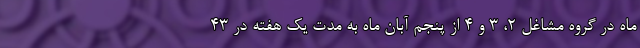
ماه در گروه مشاغل ۲، ۳ و ۴ از پنجم آبان ماه به مدت یک هفته در ۴۳